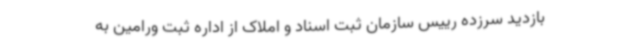
بازدید سرزده رییس سازمان ثبت اسناد و املاک از اداره ثبت ورامین به